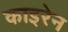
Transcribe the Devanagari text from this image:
काइरेन